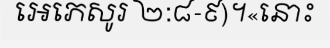
អេភេសូរ ២:៨-៩)។«នោះ